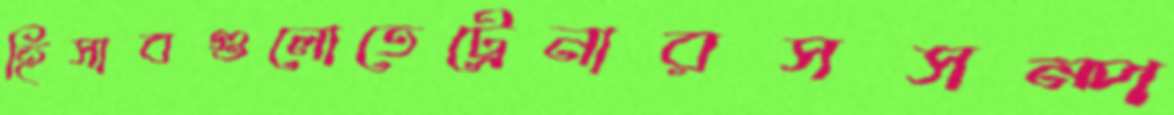
হিসাবগুলোতেট্রেনারসসম্প